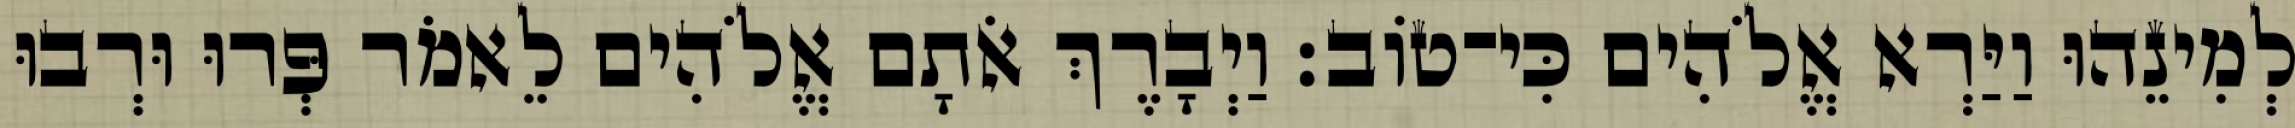
לְמִינֵהוּ וַיַּרְא אֱלֹהִים כִּי־טֹוב׃ וַיְבָרֶךְ אֹתָם אֱלֹהִים לֵאמֹר פְּרוּ וּרְבוּ